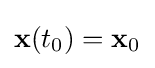
\mathbf {x} (t_{0})=\mathbf {x} _{0}